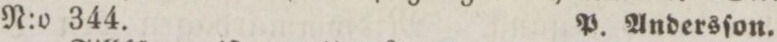
N:o 344. P. Andersſon.